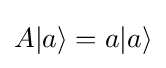
A|a\rangle =a|a\rangle